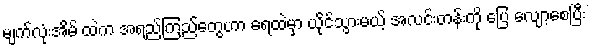
မျက်လုံးအိမ် ထဲက အရည်ကြည်တွေဟာ ရေထဲမှာ ယိုင်သွားမယ့် အလင်းတန်းကို ပြေ လျော့စေပြီး